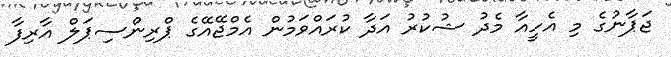
ޖަޕާނުގެ މި އެހީއާ މެދު ޝުކުރު އަދާ ކުރައްވަމުން އެމްޖޭއޭގެ ޕްރިންސިޕަލް އާރިފާ